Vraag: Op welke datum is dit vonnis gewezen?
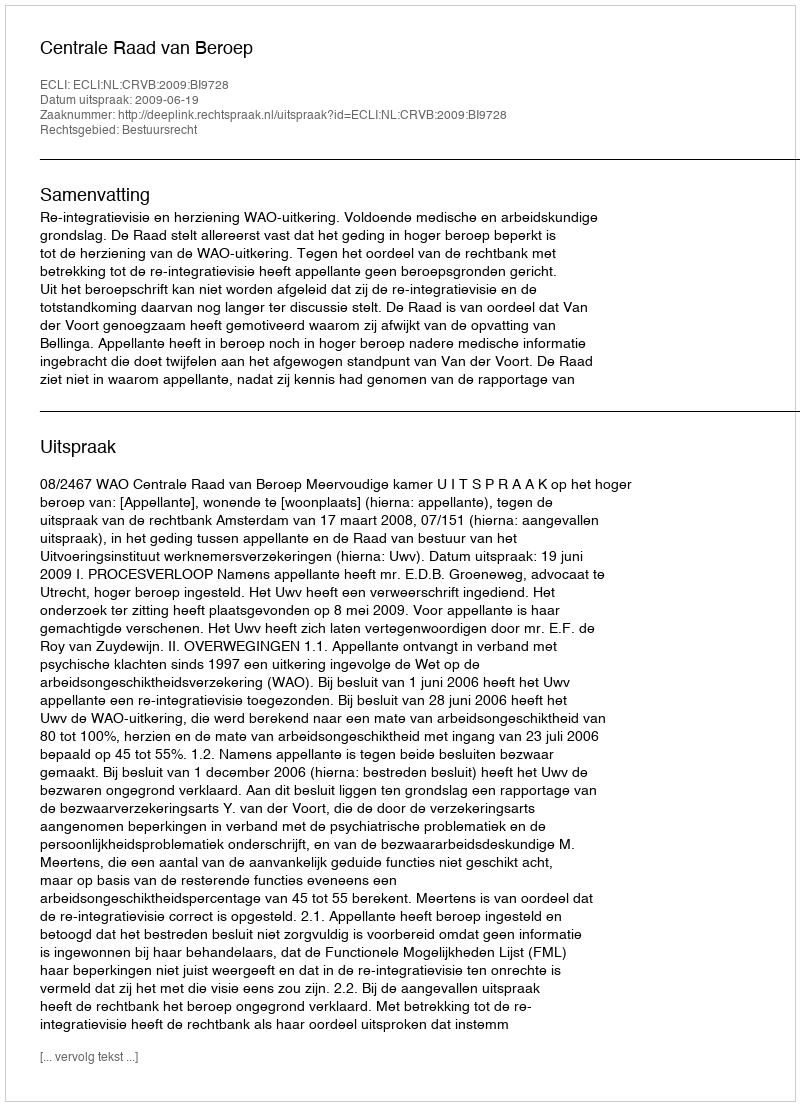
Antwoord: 2009-06-19